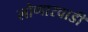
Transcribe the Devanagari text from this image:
लोणारवाडी